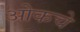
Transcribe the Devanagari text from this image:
ओकचे